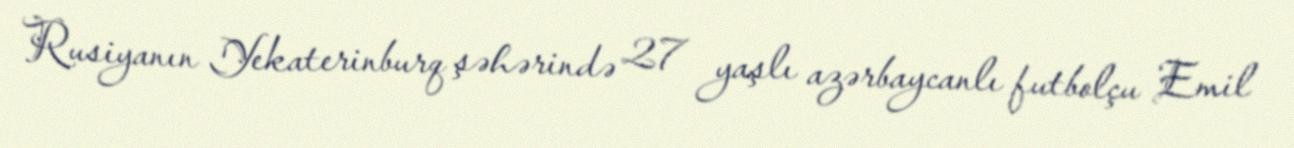
Rusiyanın Yekaterinburq şəhərində 27 yaşlı azərbaycanlı futbolçu Emil